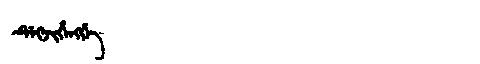
Manchu: ᡩᡝᡴᠵᡳᡥᡝᠩᡤᡝ
Romanization: DEKJIHENGGE